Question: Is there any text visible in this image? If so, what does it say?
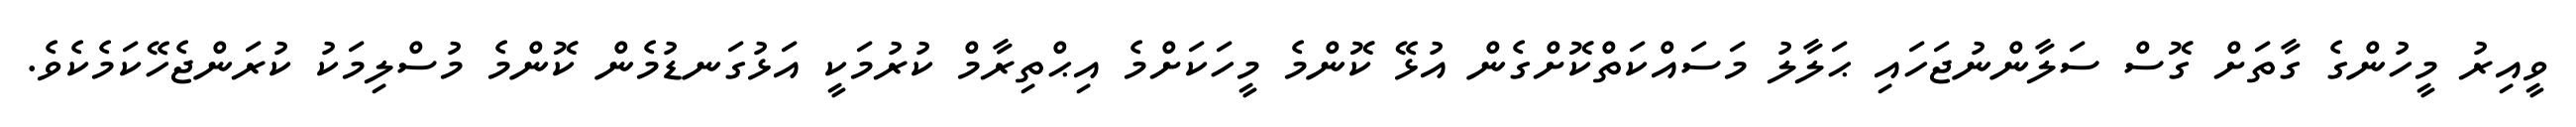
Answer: ވީއިރު މީހުންގެ ގާތަށް ގޮސް ސަލާންނުޖަހައި ޙަލާލު މަސައްކަތްކޮށްގެން އުޅޭ ކޮންމެ މީހަކަށްމެ އިޙްތިރާމް ކުރުމަކީ އަޅުގަނޑުމެން ކޮންމެ މުސްލިމަކު ކުރަންޖެހޭކަމެކެވެ.